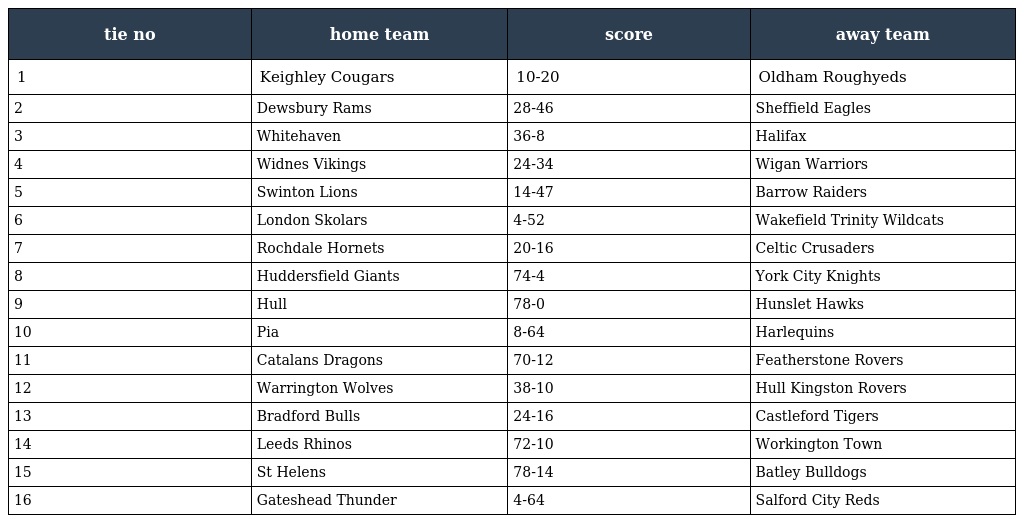
| tie no | home team | score | away team |
 | --- | --- | --- | --- |
 | 1 | Keighley Cougars | 10-20 | Oldham Roughyeds |
 | 2 | Dewsbury Rams | 28-46 | Sheffield Eagles |
 | 3 | Whitehaven | 36-8 | Halifax |
 | 4 | Widnes Vikings | 24-34 | Wigan Warriors |
 | 5 | Swinton Lions | 14-47 | Barrow Raiders |
 | 6 | London Skolars | 4-52 | Wakefield Trinity Wildcats |
 | 7 | Rochdale Hornets | 20-16 | Celtic Crusaders |
 | 8 | Huddersfield Giants | 74-4 | York City Knights |
 | 9 | Hull | 78-0 | Hunslet Hawks |
 | 10 | Pia | 8-64 | Harlequins |
 | 11 | Catalans Dragons | 70-12 | Featherstone Rovers |
 | 12 | Warrington Wolves | 38-10 | Hull Kingston Rovers |
 | 13 | Bradford Bulls | 24-16 | Castleford Tigers |
 | 14 | Leeds Rhinos | 72-10 | Workington Town |
 | 15 | St Helens | 78-14 | Batley Bulldogs |
 | 16 | Gateshead Thunder | 4-64 | Salford City Reds |